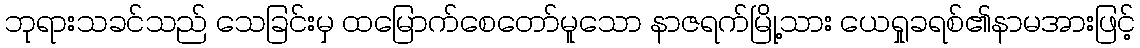
ဘုရားသခင်သည် သေခြင်းမှ ထမြောက်စေတော်မူသော နာဇရက်မြို့သား ယေရှုခရစ်၏နာမအားဖြင့်